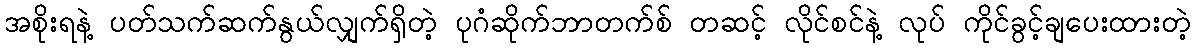
အစိုးရနဲ့ ပတ်သက်ဆက်နွယ်လျှက်ရှိတဲ့ ပုဂံဆိုက်ဘာတက်စ် တဆင့် လိုင်စင်နဲ့ လုပ် ကိုင်ခွင့်ချပေးထားတဲ့